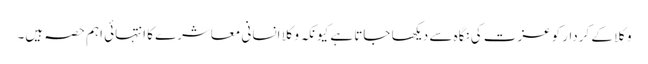
وکلا کے کردار کوعزت کی نگاہ سے دیکھا جاتا ہے کیونکہ وکلا انسانی معاشرے کا انتہائی اہم حصہ ہیں۔